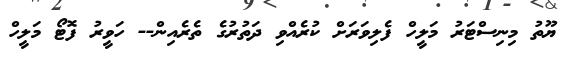
ޔޫތު މިނިސްޓަރު މަލީހް ފެލިވަރަށް ކުރެއްވި ދަތުރުގެ ތެރެއިން-- ހަވީރު ފޮޓޯ މަލީހް